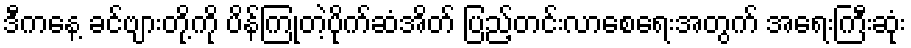
ဒီကနေ့ ခင်ဗျားတို့ကို ပိန်ကြုံတဲ့ပိုက်ဆံအိတ် ပြည့်တင်းလာစေရေးအတွက် အရေးကြီးဆုံး